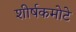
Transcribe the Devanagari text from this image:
शीर्षकमोटे